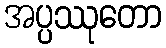
အပ္ပဿုတော